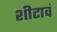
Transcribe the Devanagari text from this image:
शीटावं